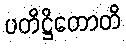
ပတိဋ္ဌိတောတိ